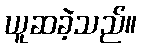
ယူဆခဲ့သည်။